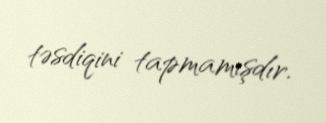
təsdiqini tapmamışdır.